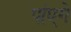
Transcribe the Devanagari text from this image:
पांएगे